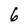
Character: 6